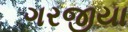
ગરજીયા